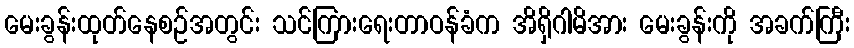
မေးခွန်းထုတ်နေစဉ်အတွင်း သင်ကြားရေးတာဝန်ခံက အိရှိဂါမိအား မေးခွန်းကို အခက်ကြီး